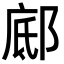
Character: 䣌